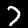
Label: 7